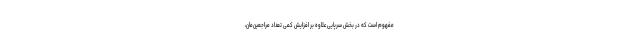
مفهوم است که در بخش سرپایی علاوه بر افزایش کمی تعداد مراجعین‌مان،